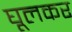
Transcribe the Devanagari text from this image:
घूलकर